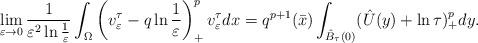
LaTeX: \begin{align*}\lim_{\varepsilon\to 0}\frac{1}{\varepsilon^2\ln\frac{1}{\varepsilon}}\int_\Omega\left( v^\tau_\varepsilon-q\ln\frac{1}{\varepsilon}\right) ^p_+v^\tau_\varepsilon dx=q^{p+1}(\bar{x})\int_{\hat{B}_\tau(0)}(\hat{U}(y)+\ln\tau)^{p}_+dy.\end{align*}